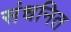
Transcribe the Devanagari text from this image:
संधनित